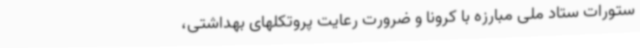
ستورات ستاد ملی مبارزه با کرونا و ضرورت رعایت پروتکلهای بهداشتی،